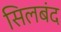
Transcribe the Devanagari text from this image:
सिलबंद